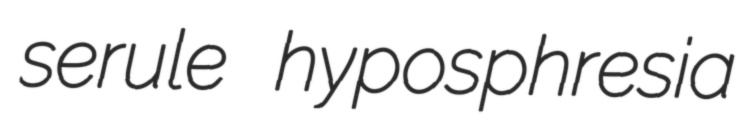
serule hyposphresia